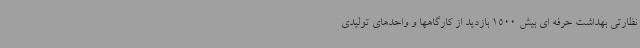
نظارتی بهداشت حرفه ای بیش 1500 بازدید از کارگاهها و واحدهای تولیدی